Lunatic asylums Madras 1892-1911 - 1892-1911
Year: 1892
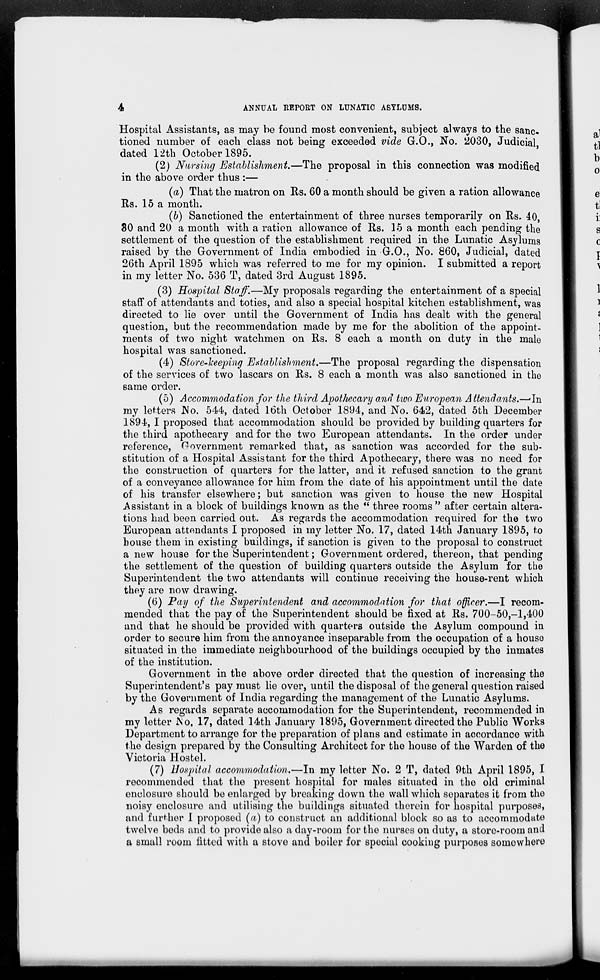
4
ANNUAL REPORT ON LUNATIC ASYLUMS.
Hospital Assistants, as may be found most convenient, subject always to the sanc-
tioned number of each class not being exceeded vide G.O., No. 2030, Judicial,
dated 12th October 1895.
(2) Nursing Establishment.—The proposal in this connection was modified
in the above order thus :—
(a) That the matron on Rs. 60 a month should be given a ration allowance
Rs. 15 a month.
(6) Sanctioned the entertainment of three nurses temporarily on Rs. 40,
80 and 20 a month with a ration allowance of Rs. 15 a month each pending the
settlement of the question of the establishment required in the Lunatic Asylums
raised by the Government of India embodied in G.O., No. 860, Judicial, dated
26th April 1895 which was referred to me for my opinion. I submitted a report
in my letter No. 536 T, dated 3rd August 1895.
(3) Hospital Staff.—My proposals regarding the entertainment of a special
staff of attendants and toties, and also a special hospital kitchen establishment, was
directed to lie over until the Government of India has dealt with the general
question, but the recommendation made by me for the abolition of the appoint-
ments of two night watchmen on Rs. 8 each a month on duty in the male
hospital was sanctioned.
(4) Store-keeping Establishment.—The proposal regarding the dispensation
of the services of two lascars on Rs. 8 each a month was also sanctioned in the
same order.
(5) Accommodation for the third Apothecary and two European Attendants.—-In
my letters No. 544, dated 16th October 1894, and No. 642, dated 5th December
1894, I proposed that accommodation should be provided by building quarters for
the third apothecary and for the two European attendants. In the order under
reference, Government remarked that, as sanction was accorded for the sub-
stitution of a Hospital Assistant for the third Apothecary, there was no need for
the construction of quarters for the latter, and it refused sanction to the grant
of a conveyance allowance for him from the date of his appointment until the date
of his transfer elsewhere; but sanction was given to house the new Hospital
Assistant in a block of buildings known as the " three rooms" after certain altera-
tions had been carried out. As regards the accommodation required for the two
European attendants I proposed in my letter No. 17, dated 14th January 1895, to
house them in existing buildings, if sanction is given to the proposal to construct
a new house for the Superintendent; Government ordered, thereon, that pending
the settlement of the question of building quarters outside the Asylum for the
Superintendent the two attendants will continue receiving the house-rent which
they are now drawing.
(6) Pay of the Superintendent and accommodation for that officer.—I recom-
mended that the pay of the Superintendent should be fixed at Rs. 700-50,-1,400
and that he should be provided with quarters outside the Asylum compound in
order to secure him from the annoyance inseparable from the occupation of a house
situated in the immediate neighbourhood of the buildings occupied by the inmates
of the institution.
Government in the above order directed that the question of increasing the
Superintendent's pay must lie over, until the disposal of the general question raised
by the Government of India regarding the management of the Lunatic Asylums.
As regards separate accommodation for the Superintendent, recommended in
my letter No. 17, dated 14th January 1895, Government directed the Public Works
Department to arrange for the preparation of plans and estimate in accordance with
the design prepared by the Consulting Architect for tho house of the Warden of the
Victoria Hostel.
(7) Hospital accommodation.—In my letter No. 2 T, dated 9th April 1895, I
recommended that the present hospital for males situated in tho old criminal
enclosure should be enlarged by breaking down the wall which separates it from tho
noisy enclosure and utilising the buildings situated therein for hospital purposes,
and further I proposed (a) to construct an additional block so as to accommodate
twelve beds and to provide also a day-room for the nurses on duty, a store-room and
a small room fitted with a stove and boiler for special cooking purposes somewhere